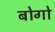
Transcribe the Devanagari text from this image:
बोगो